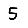
Digit: 5